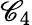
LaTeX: \mathscr{C}_{4}